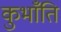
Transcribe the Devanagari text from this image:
कुभाँति